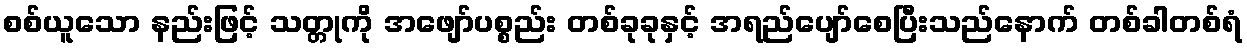
စစ်ယူသော နည်းဖြင့် သတ္တုကို အဖျော်ပစ္စည်း တစ်ခုခုနှင့် အရည်ပျော်စေပြီးသည်နောက် တစ်ခါတစ်ရံ